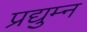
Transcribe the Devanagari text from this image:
प्रद्युम्‍न